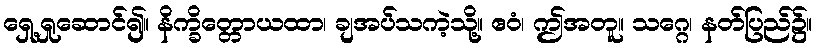
ရှေ့ရှုဆောင်၍။ နိက္ခိတ္တောယထာ၊ ချအပ်သကဲ့သို့။ ဧဝံ၊ ဤအတူ။ သဂ္ဂေ၊ နတ်ပြည်၌။